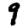
Digit: 9